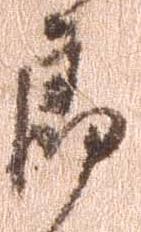
郎